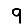
Digit: 9